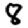
Digit: 8